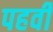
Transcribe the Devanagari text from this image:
पहवी